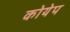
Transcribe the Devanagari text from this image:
कोयेप